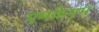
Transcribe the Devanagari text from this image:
एमकेएम